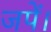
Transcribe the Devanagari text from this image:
जपें।